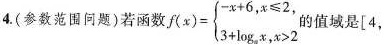
4. (参数范围问题)若函数 $$f(x)= \begin{cases} -x+6, x \leqslant 2, \\ 3+ \log _{a}x,x>2 \end{cases}$$ 的值域是[4，